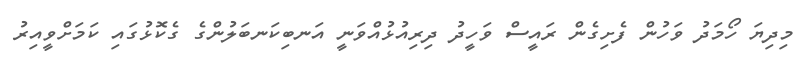
މިދިޔަ ހޯމަދު ވަހުން ފެށިގެން ރައީސް ވަހީދު ދިރިއުޅުއްވަނީ އަނބިކަނބަލުންގެ ގެކޮޅުގައި ކަމަށްވީއިރު